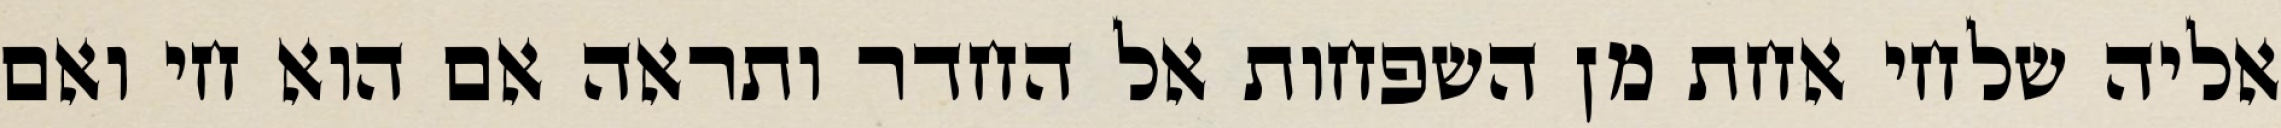
אליה שלחי אחת מן השפחות אל החדר ותראה אם הוא חי ואם